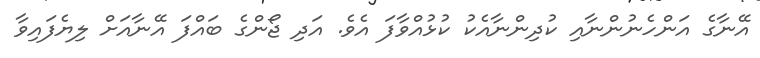
އޭނާގެ އަންހެނުންނާއި ކުދިންނާއެކު ކުޅުއްވާފަ އެވެ. އަދި ޖޯންގެ ބައްފަ އޭނާއަށް ލިޔެފައިވާ